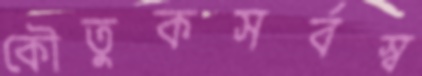
কৌতুকসর্বস্ব